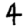
Digit: 4